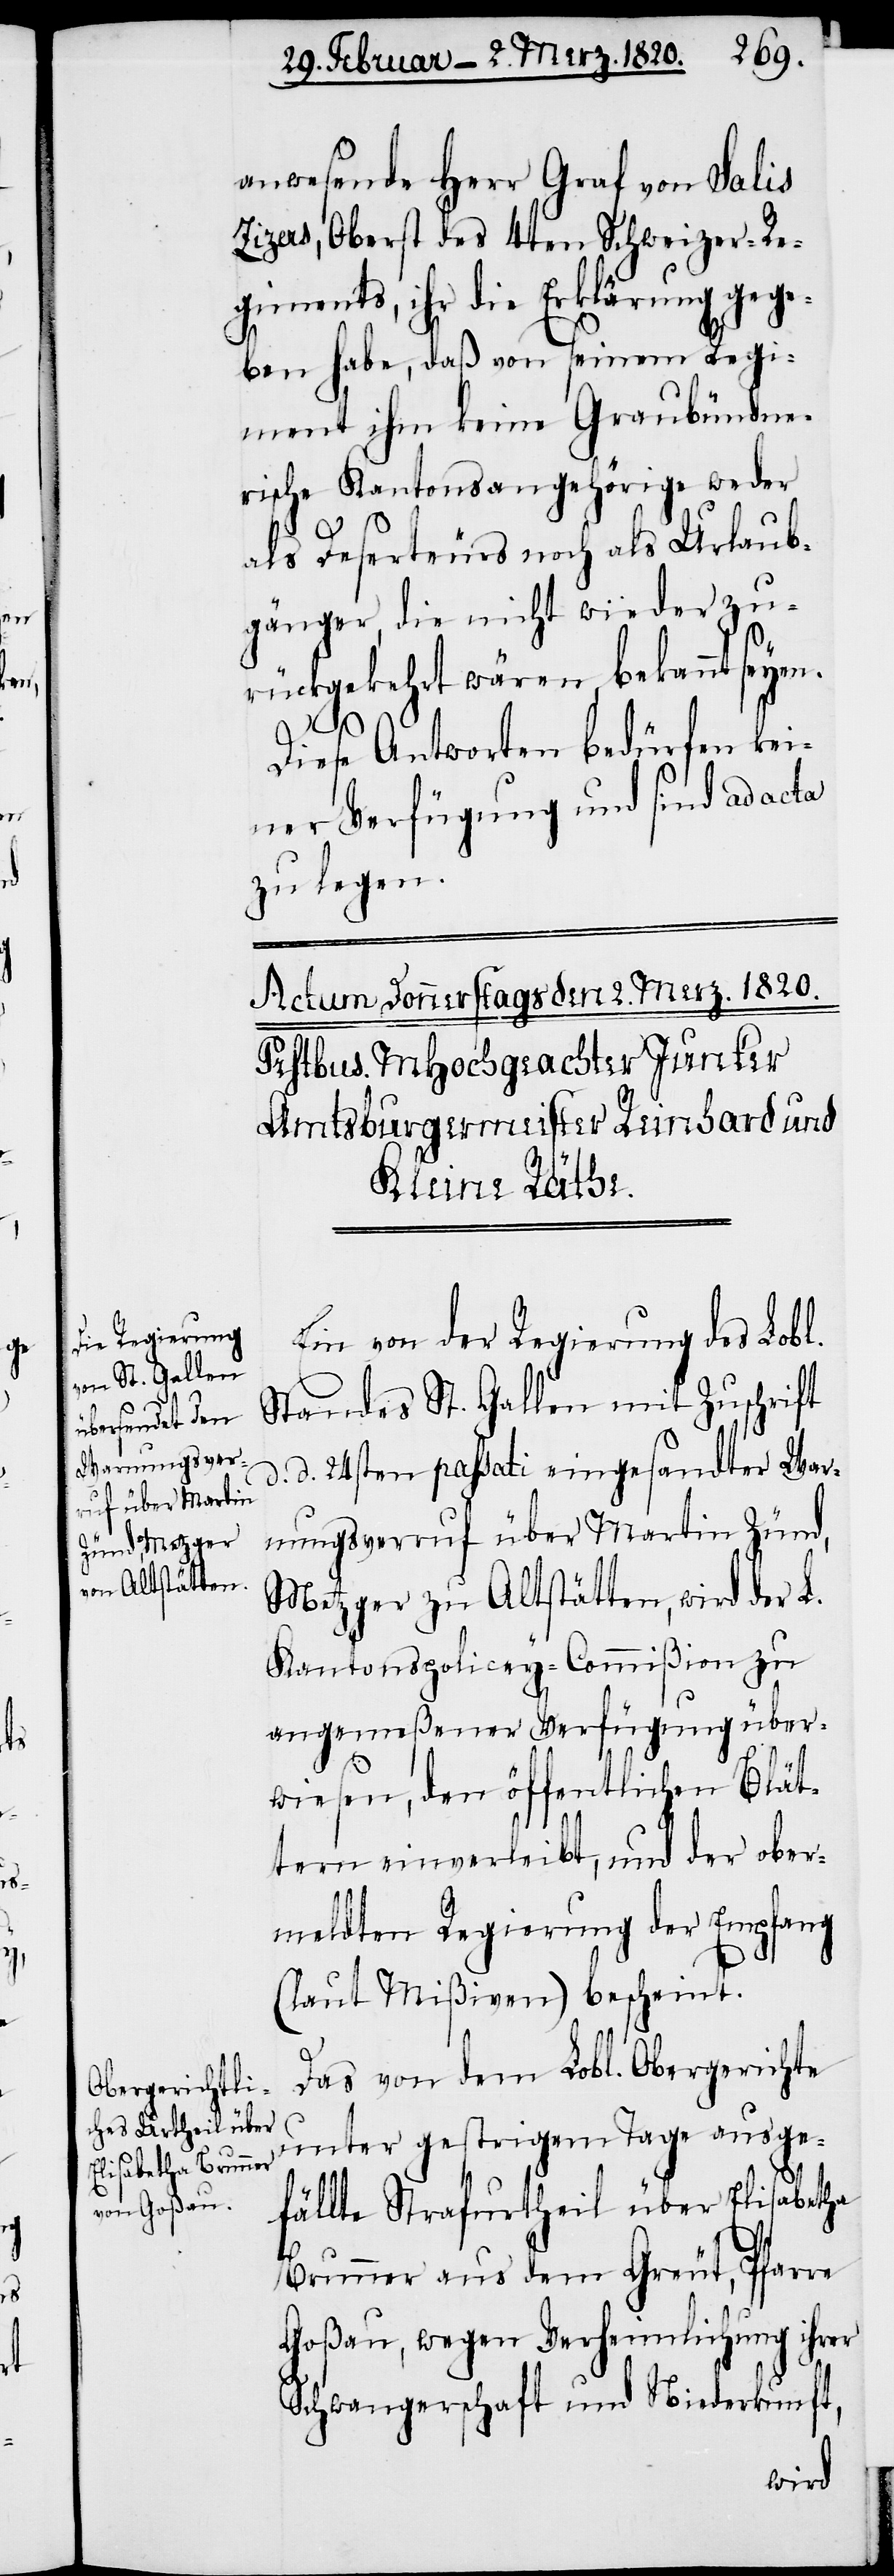
anwesende Herr Graf von Salis
Zizers, Oberst des 4ten Schweizer-Re¬
giments, ihr die Erklärung gege¬
ben habe, daß von seinem Regi¬
ment ihm keine Graubündne¬
rische Kantonsangehörige weder
d.
als Deserteurs noch als Urlaub¬
gänger, die nicht wieder zu¬
rückgekehrt wären, bekannt seyen.
Diese Antworten bedürfen ke¬
iner Verfügung und sind ad acta
zu legen.
Ein von der Regierung des Lobl.
Standes St. Gallen mit Zuschrift
d. 24sten passati eingesandter War¬
nungsverruf über Martin Zünd,
Metzger zu Altstätten, wird der
Kantonspolicey-Commißion zu
angemeßener Verfügung über¬
wiesen, den öffentlichen Blät¬
tern einverleibt, und der ober¬
meldten Regierung der Empfang
(laut Mißiven) bescheint.
Das von dem Lobl. Obergerichte
unter gestrigem Tage ausge¬
fällte Strafurtheil über Elisabetha
Brunner aus dem Greut, Pfarre
Goßau, wegen Verheimlichung ihrer
Schwangerschaft und Niederkunft,